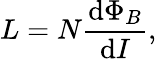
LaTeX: L=N{\frac{\mathrm{d}\Phi_{B}}{\mathrm{d}I}},\,